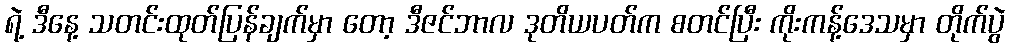
ရဲ့ ဒီနေ့ သတင်းထုတ်ပြန်ချက်မှာ တော့ ဒီဇင်ဘာလ ဒုတိယပတ်က စတင်ပြီး ကိုးကန့်ဒေသမှာ တိုက်ပွဲ